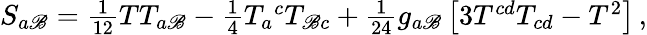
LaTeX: S_{a\mathscr{B}}=\textstyle{\frac{{1}}{{12}}}TT_{a\mathscr{B}}-\textstyle{\frac{{1}}{{4}}}T_{a}{}^{c}T_{\mathscr{B}c}+\textstyle{\frac{{1}}{{24}}}g_{a\mathscr{B}}\left[3T^{cd}T_{cd}-T^{2}\right]\, ,